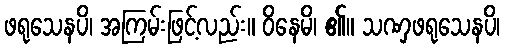
ဖရုသေနပိ၊ အကြမ်းဖြင့်လည်း။ ဝိနေမိ၊ ၏။ သဏှဖရုသေနပိ၊